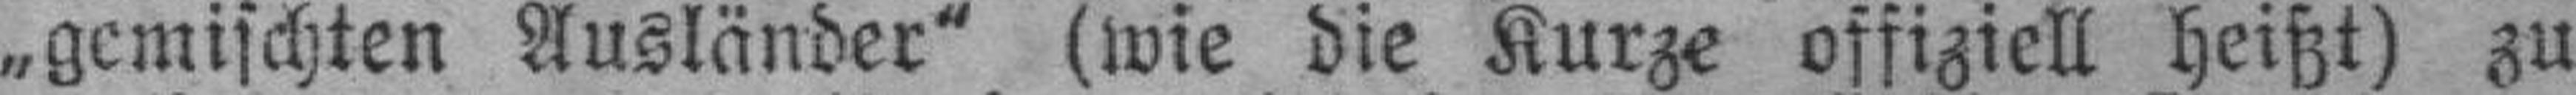
„gemischten Ausländer" (wie die Kurze offiziell heißt) zu